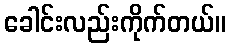
ခေါင်းလည်းကိုက်တယ်။